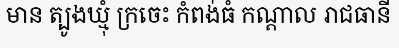
មាន ត្បូងឃ្មុំ ក្រចេះ កំពង់ធំ កណ្តាល រាជធានី